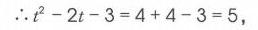
\(\therefore t^{2}-2t - 3=4 + 4-3 = 5\)，